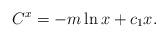
LaTeX: \begin{align*}C^{x}=-m\ln x+c_{1}x.\end{align*}